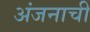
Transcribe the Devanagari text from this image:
अंजनाची